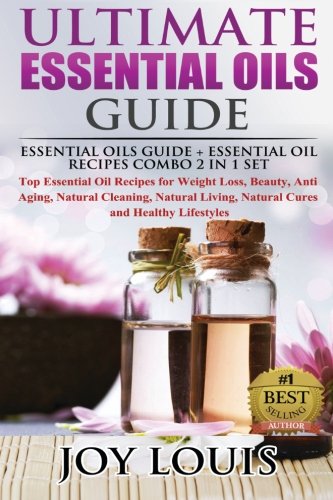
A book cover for Ultimate Essential Oils Guide: Essential Oils Guide + Essential Oil Recipes COMBO 2 IN 1 SET - Top Essential Oil Recipes for Weight Loss, Beauty, Anti ... Essential Oils and Aromatherapy ) (Volume 1); Joy Louis; Health, Fitness & Dieting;